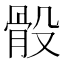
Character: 骰